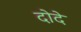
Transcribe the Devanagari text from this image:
दोदे